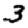
Digit: 3